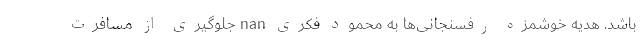
باشد. هدیه خوشمزه رفسنجانی‌ها به محمود فکری nan جلوگیری از مسافرت